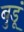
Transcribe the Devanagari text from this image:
बुडूं